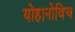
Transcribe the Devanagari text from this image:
योहानोविच